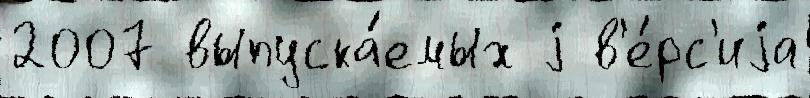
2007 выпуска́емых j в'е́рс'иjа